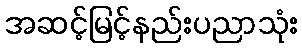
အဆင့်မြင့်နည်းပညာသုံး